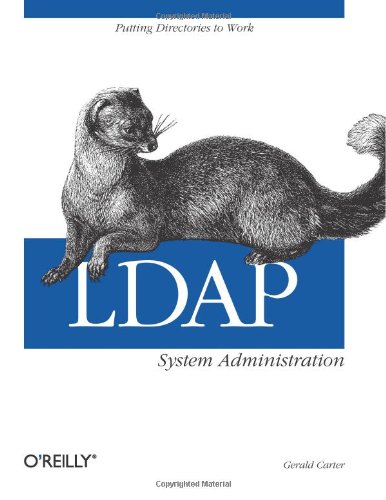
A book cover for LDAP System Administration; Gerald Carter; Computers & Technology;